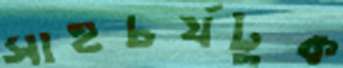
সাহচর্যটুক